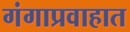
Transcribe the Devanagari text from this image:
गंगाप्रवाहात